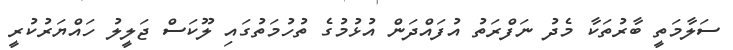
ސަލާމަތީ ބާރުތަކާ މެދު ނަފްރަތު އުފައްދަން އުޅުމުގެ ތުހުމަތުގައި ލޫކަސް ޖަލީލު ހައްޔަރުކުރީ